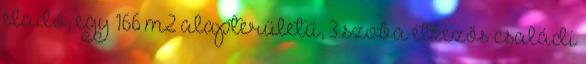
eladó, egy 166 m2 alapterületű, 3 szoba étkezős családi